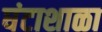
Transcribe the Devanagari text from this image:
घंटाशाळा